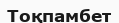
Тоқпамбет